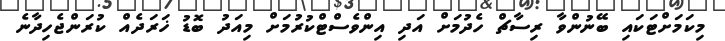
މިކަމަށްޓަކައި ބޭނުންވާ ރިސާޗް ހެދުމަށް އަދި އިންވެސްޓްކުރުމަށް މިއަދު ބޮޑު ޚަރަދެއް ކުރަންޖެހިދާނެ